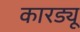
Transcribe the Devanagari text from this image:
कारड्यू